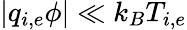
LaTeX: |q_{i,e}\phi|\ll k_{B}T_{i,e}